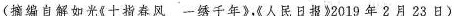
(摘编自解如光《十指春风一绣千年》《人民日报》2019年2月23日)